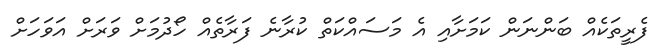
ފެރީތަކެއް ބަންނަން ކަމަށާއި އެ މަސައްކަތް ކުރާނެ ފަރާތެއް ހޯދުމަށް ވަރަށް އަވަހަށް